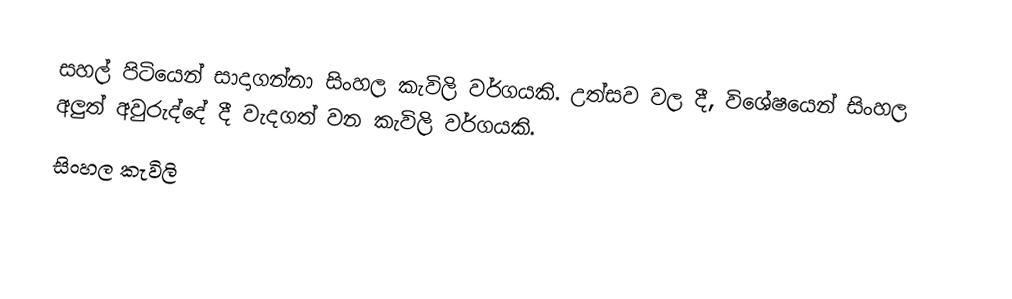
සහල් පිටියෙන් සාදාගන්නා සිංහල කැවිලි වර්ගයකි. උත්සව වල දී, විශේෂයෙන් සිංහල අලුත් අවුරුද්දේ දී වැදගත් වන කැවිලි වර්ගයකි.
සිංහල ‍කැවිලි